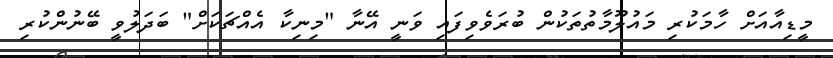
މީޑިއާއަށް ހާމަކުރި މައުލޫމާތުތަކުން ބުރަވެވިފައި ވަނީ އޭނާ "މިނިކާ އެއްޗަކަށް" ބަދަލުވީ ބޭނުންކުރި